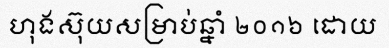
ហុងស៊ុយសម្រាប់ឆ្នាំ ២០១៦ ដោយ